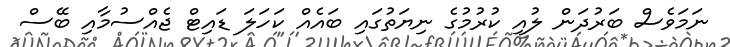
ނަމަވެސް ބަރުދަން ލުއި ކުރުމުގެ ނިޔަތުގައި ބައެއް ކަހަލަ ޑައިޓް ޖެއްސުމާއި ބޭސް